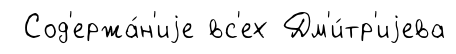
Сод'ержа́н'иjе вс'ех Дм'и́тр'иjева